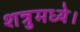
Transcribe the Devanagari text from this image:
शत्रुमध्ये।